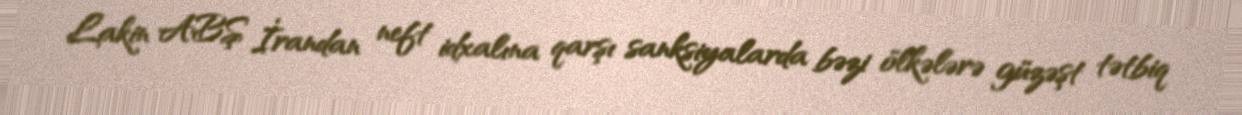
Lakin ABŞ İrandan neft idxalına qarşı sanksiyalarda bəzi ölkələrə güzəşt tətbiq